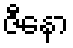
ဇီနော